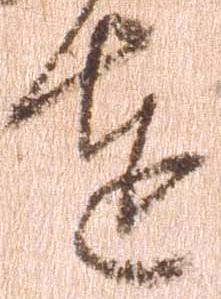
達